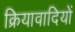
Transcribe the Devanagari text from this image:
क्रियावादियों